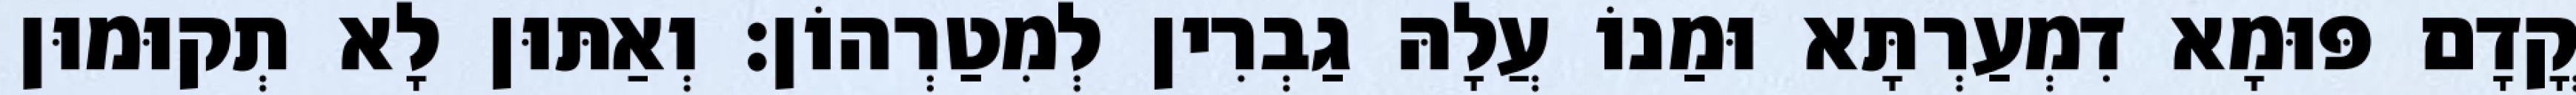
קֳדָם פּוּמָא דִמְעַרְתָּא וּמַנוֹ עֲלָהּ גַבְרִין לְמִטַרְהוֹן׃ וְאַתּוּן לָא תְקוּמוּן